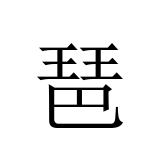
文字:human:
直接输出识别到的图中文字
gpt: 琶